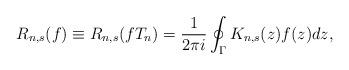
LaTeX: \begin{align*}R_{n,s}(f)\equiv R_{n,s}(fT_n)=\frac{1}{2\pi i}\oint_{\Gamma}K_{n,s}(z)f(z)dz,\end{align*}